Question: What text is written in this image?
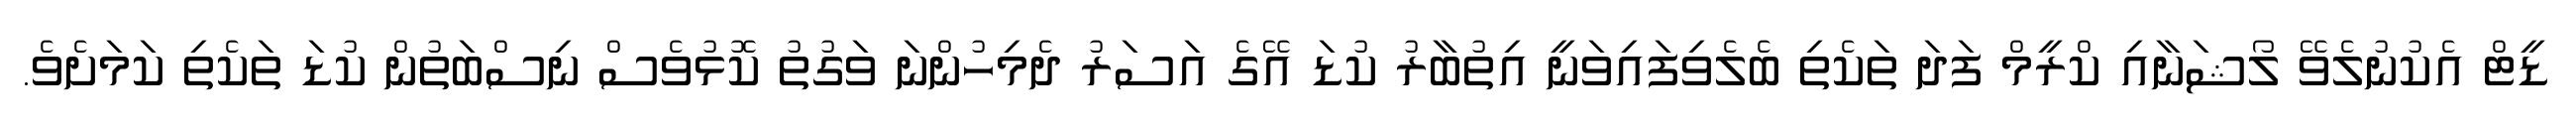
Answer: ޑީޓް އެކުނުލެވޭ ލޯޝަނާއި ކްރީމް ފަދަ ތަކެތި ބެލެވިފައިވަނީ އިތުބާރު ކުޑަ އޭގެ އަސަރު ދެމިހުންނަ ވަގުތު ކޮޅުވެސް ނިސްބަތުން ކުޑަ ތަކެތި ކަމަށެވެ.